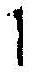
1